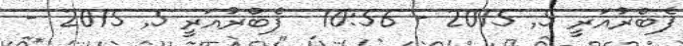
ފެބްރުއަރީ 5